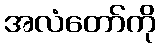
အလံတော်ကို